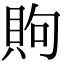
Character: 䝭